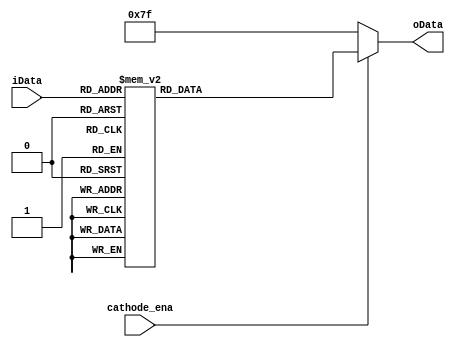
module display7(input [3:0] iData, input cathode_ena, output reg [6:0] oData);
always @(iData)
begin
    if (cathode_ena == 1)
    case (iData)
        4'd0: oData = 7'b1000000;
        4'd1: oData = 7'b1111001;
        4'd2: oData = 7'b0100100;
        4'd3: oData = 7'b0110000;
        4'd4: oData = 7'b0011001;
        4'd5: oData = 7'b0010010;
        4'd6: oData = 7'b0000010;
        4'd7: oData = 7'b1111000;
        4'd8: oData = 7'b0000000;
        4'd9: oData = 7'b0010000;
        default: oData = 7'b1111111;
    endcase
    else
        oData = 7'b1111111;
end
endmodule
module integer_display(input [31:0] n, input clk, input [2:0] blink, input blink_ena, output reg [7:0] anode, output [6:0] cathode);
reg [3:0] digit;
wire [31:0] digits;
integer num = 0, blink_num = 0, j;
reg [2:0] i = 7;
reg ena = 1;
wire cathode_ena;
assign cathode_ena = (i == blink && ena == 0) ? 0 : 1;
display7 inst(.iData(digit), .cathode_ena(cathode_ena), .oData(cathode));
assign digits[31:28] = n / 10000000 % 10;
assign digits[27:24] = n / 1000000 % 10;
assign digits[23:20] = n / 100000 % 10;
assign digits[19:16] = n / 10000 % 10;
assign digits[15:12] = n / 1000 % 10;
assign digits[11:8] =  n / 100 % 10;
assign digits[7:4] =   n / 10 % 10;
assign digits[3:0] =   n / 1 % 10;
always @(posedge clk)
begin
    if (num == 50_000_000 / 400)
    begin
        i = i + 1;
        if (blink_ena && blink_num == 400)
        begin
            blink_num = 1;
            ena = ~ena;
        end
        else if (blink_ena)
            blink_num = blink_num + 1;
        else
        begin
            blink_num = 0;
            ena = 1;
        end
        anode = 8'b11111111;
        anode[i] = 0;
        for (j = 0; j < 4; j = j + 1)
            digit[j] = digits[i * 4 + j];
        num = 1;
    end
    else
        num = num + 1;
end
endmodule